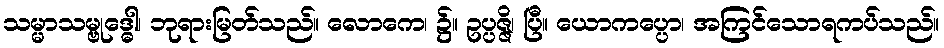
သမ္မာသမ္ဗုဒ္ဓေါ၊ ဘုရားမြတ်သည်။ လောကေ၊ ၌။ ဥပ္ပဇ္ဇိ၊ ပြီ။ ယောကပ္ပော၊ အကြင်သောရကပ်သည်။